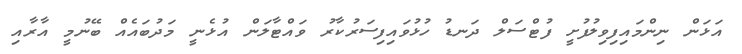
އަޅަން ނިންމައިފިވިލުފުށީ ފުޓްސަލް ދަނޑު ހުޅުވައިފިސަރުކާރު ވައްޓާލަން އުޅެނީ މަދުބައެއް ބޭނުމީ އާރާއި